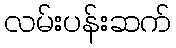
လမ်းပန်းဆက်